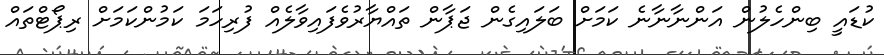
ކުޑައީ ބިންހެލުން އަންނާނާނެ ކަމަށް ބަލައިގެން ޖަޕާން ތައްޔާރުވެފައިވާލެއް ފުރިހަމަ ކަމުންކަމަށް ރިޕޯޓްތައް